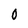
Character: 0